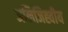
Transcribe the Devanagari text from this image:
अलिजिह्वीय